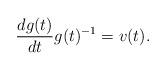
LaTeX: \begin{align*} \frac{dg(t)}{dt}g(t)^{-1}=v(t). \end{align*}